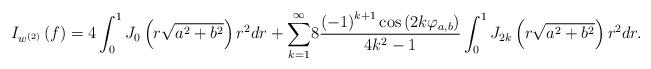
LaTeX: \begin{align*}I_{w^{\left( 2\right) }}\left( f\right) =4\int_{0}^{1}J_{0}\left(r\sqrt{a^{2}+b^{2}}\right) r^{2}dr+{\displaystyle\sum_{k=1}^{\infty}}8\frac{\left( -1\right) ^{k+1}\cos\left( 2k\varphi_{a,b}\right) }{4k^{2}-1}\int_{0}^{1}J_{2k}\left( r\sqrt{a^{2}+b^{2}}\right) r^{2}dr.\end{align*}